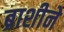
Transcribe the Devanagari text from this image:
ब्राशीने